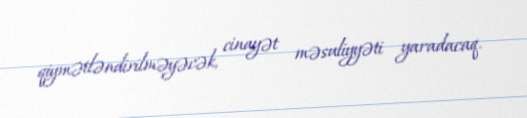
qiymətləndirilməyəcək, cinayət məsuliyyəti yaradacaq.